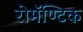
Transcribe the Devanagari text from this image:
रोमॅण्टिक